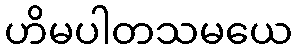
ဟိမပါတသမယေ